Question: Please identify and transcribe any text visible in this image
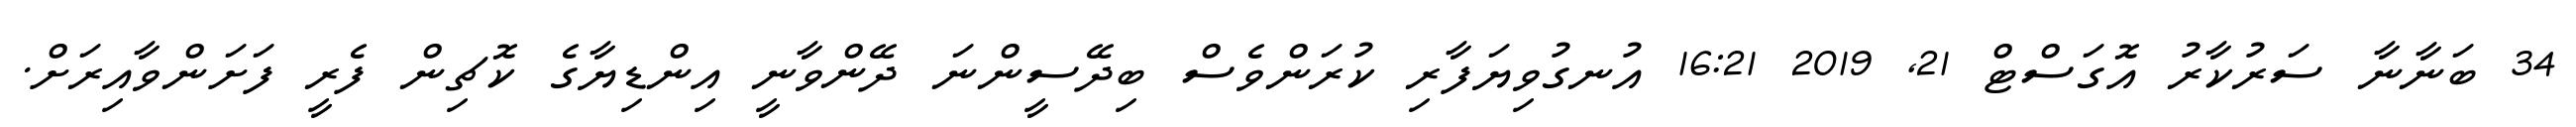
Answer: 34 ބަނާނާ ސަރުކާރު އޮގަސްޓް 21, 2019 16:21 އުނގުވިޔަފާރި ކުރަންވެސް ބިދޭސީންނަ ދޭންވާނީ އިންޑިޔާގެ ކޮޗިން ފެރީ ފަށަންވާއިރަށް.